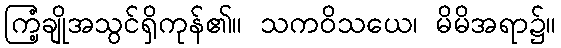
ကြံ့ချိုအသွင်ရှိကုန်၏။ သကဝိသယေ၊ မိမိအရာ၌။